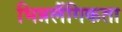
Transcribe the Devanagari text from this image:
भिन्नलैंगिकता